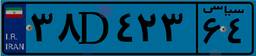
۵۹D۵۳۰۳۳